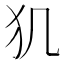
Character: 𤜝